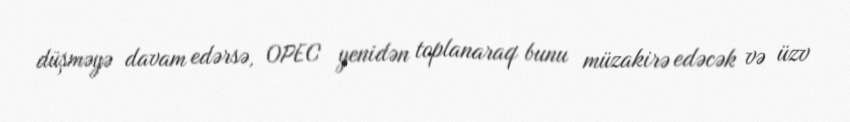
düşməyə davam edərsə, OPEC yenidən toplanaraq bunu müzakirə edəcək və üzv